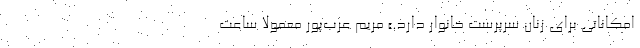
امکاناتی برای زنان سرپرست خانوار دارد.» مریم عرب‌پور معمولاً ساعت